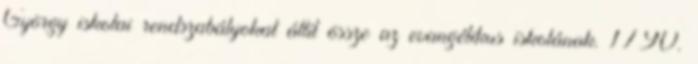
György iskolai rendszabályokat állít össze az evangélikus iskolának. 1790.